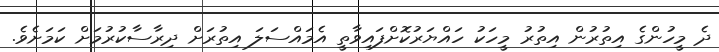
ދެ މީހުންގެ އިތުރުން އިތުރު މީހަކު ހައްޔަރުކޮށްފައިވާތީ އެމައްސަލަ އިތުރަށް ދިރާސާކުރުމަށް ކަމަށެވެ.